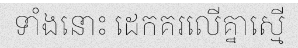
ទាំងនោះ ដេកគរលើគ្នាស្មើ